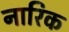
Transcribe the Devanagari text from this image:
नारिक